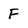
Character: F